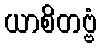
ယာစိတဗ္ဗံ